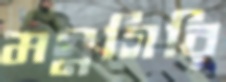
মগ্নগিরি